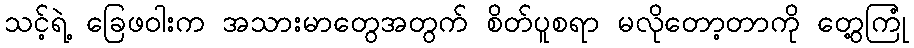
သင့်ရဲ့ ခြေဖဝါးက အသားမာတွေအတွက် စိတ်ပူစရာ မလိုတော့တာကို တွေ့ကြုံ